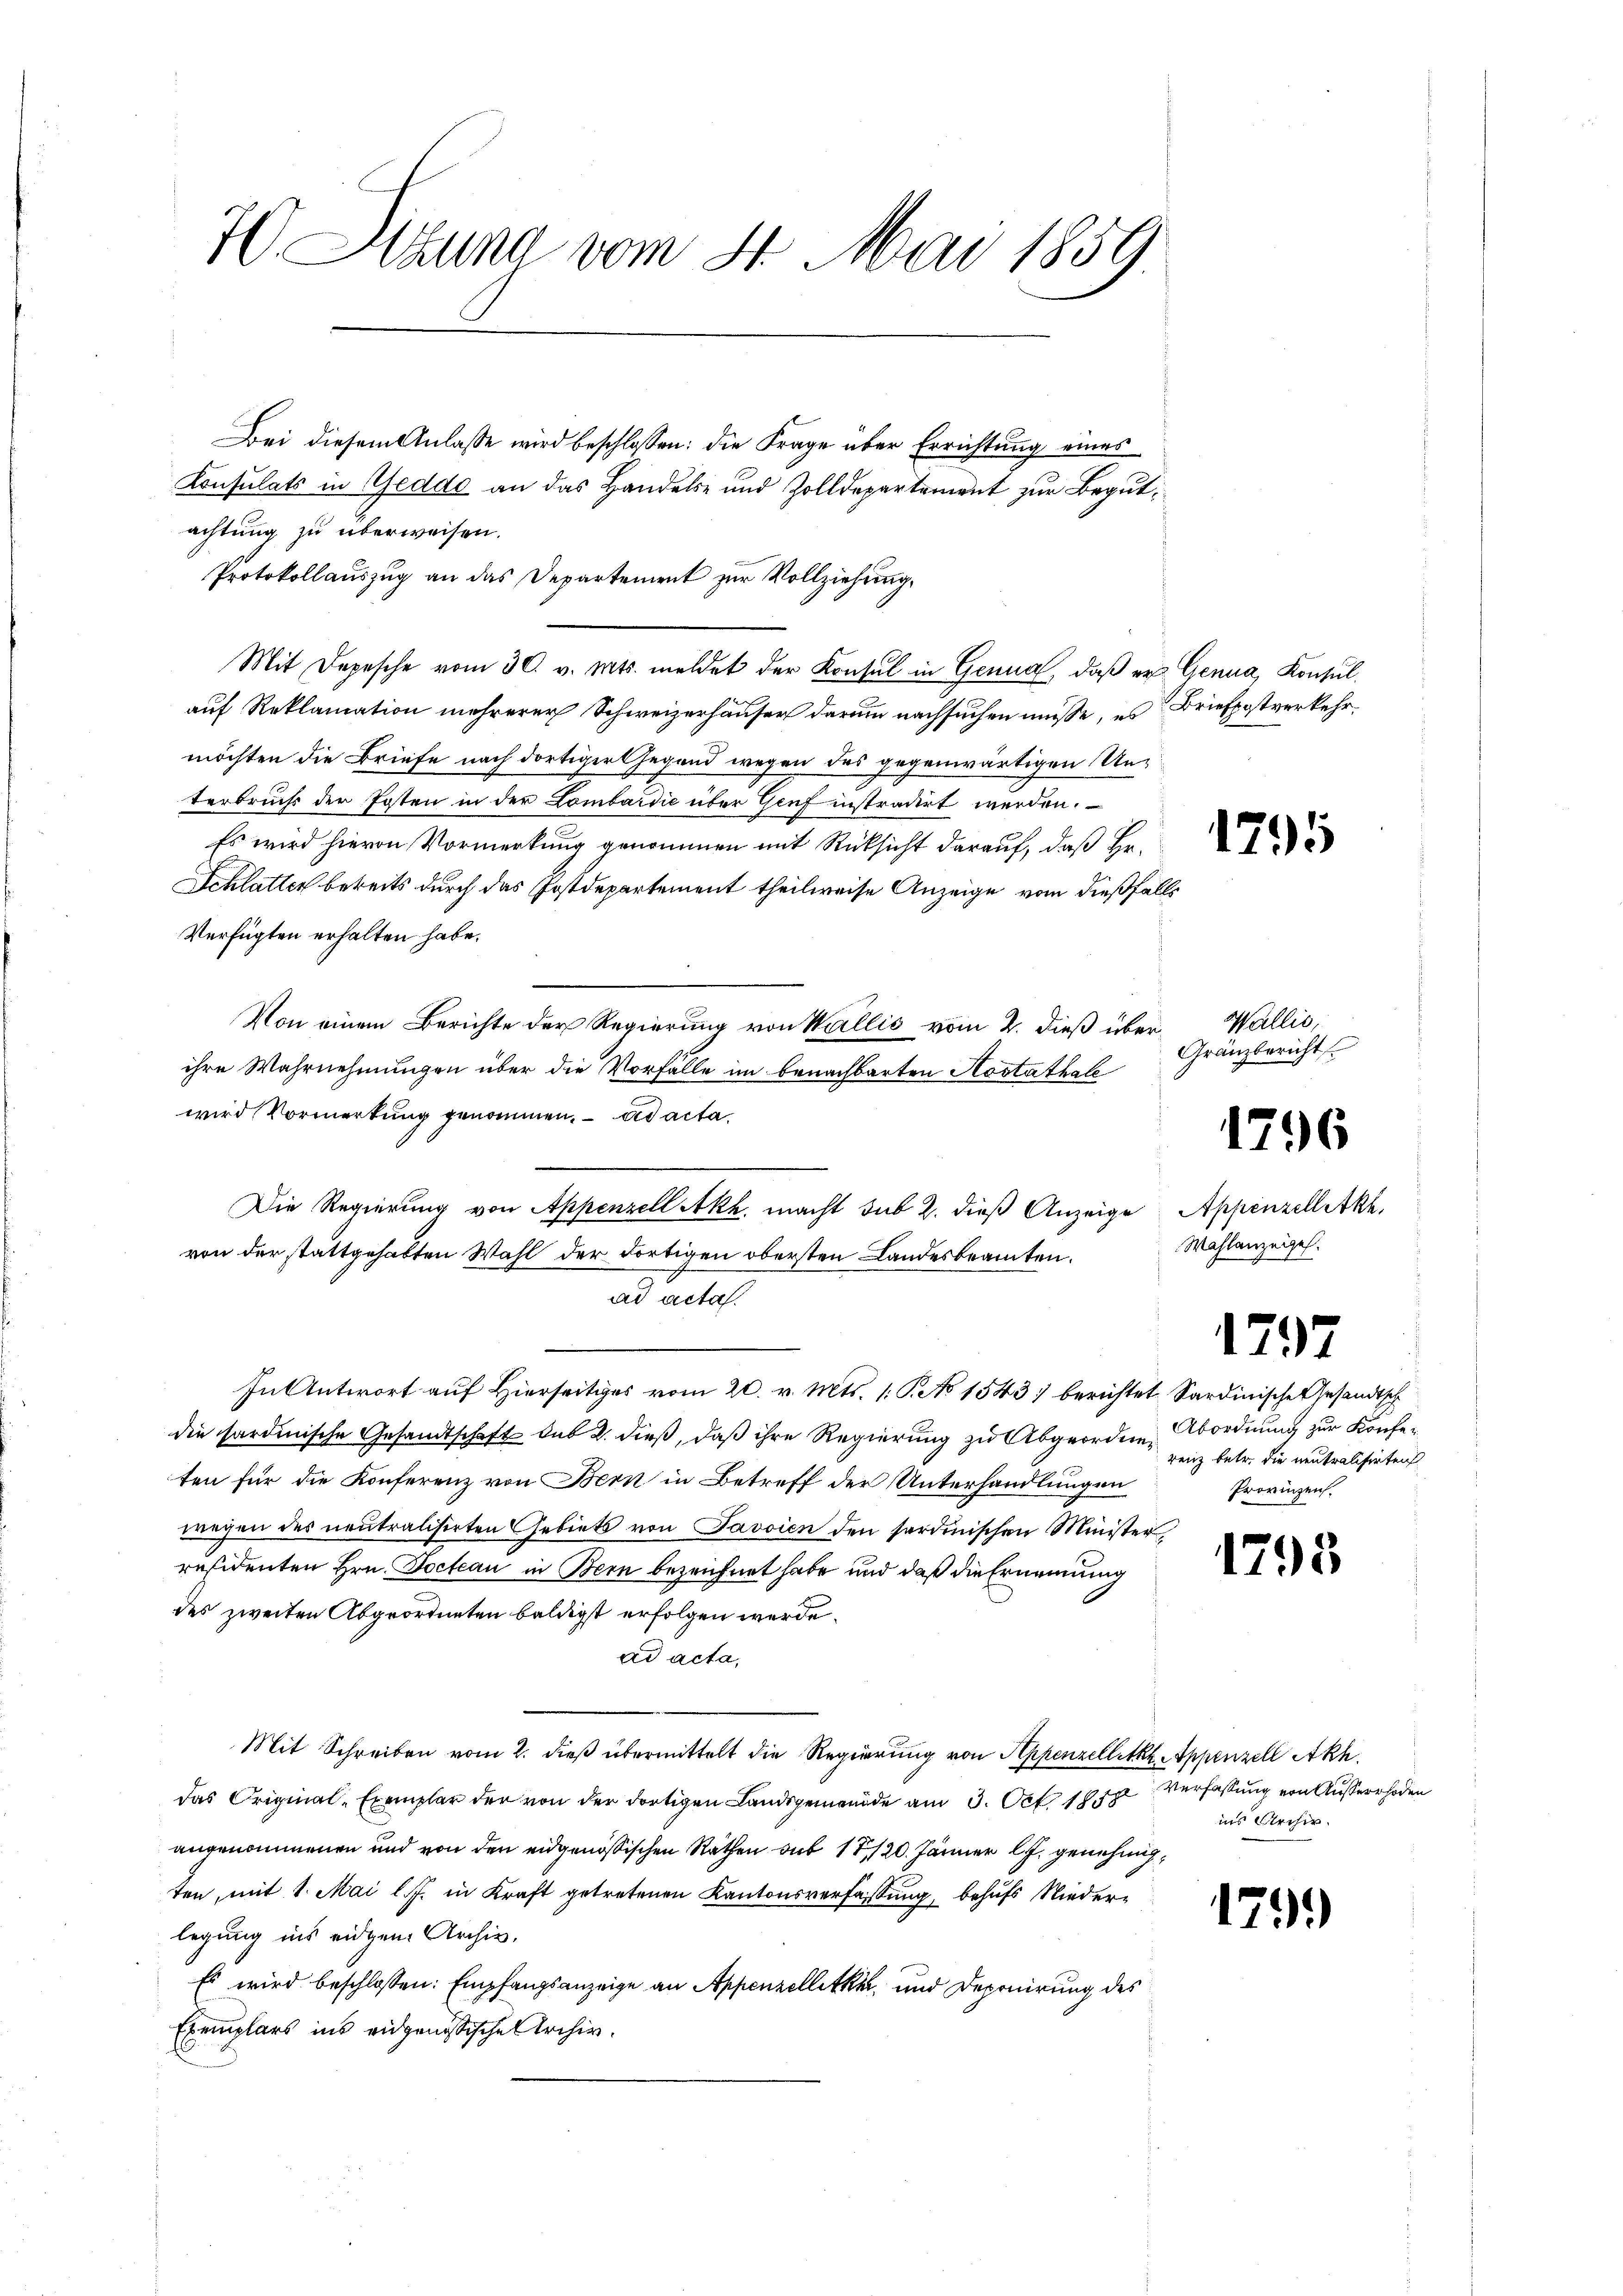
70 Sizung vom 4. Mai 1859

Bei diesem Anlasse wird beschlossen: die Frage über Errichtung eines
Konsulats in Geddo an das Handels- und Zolldepartement zur Begutachtung zu überweisen.
Protokollauszug an das Departement zur Vollziehung,
Mit Depesche vom 30. v. Mts. meldet der Konsul in Genua, daβ er Genua, Konsulauf Reklamation mehrerer Schweizerhäuser darum nachsuchen müsse, es Briefpatverkehrmöchten die Briefe nach dortiger Gegend wegen des gegenwärtigen Unterbruchs der Posten in der Lombardić über Genf instradirt werden.
Es wird hievon Vormerkung genommen mit Rücksicht darauf, daß Hr.
Schlatter bereits durch das Postdepartement theilweise Anzeige vom dießfalls
Verfügten erhalten habe.
Von einem Berichte der Regierung von Wallis vom 2. dieß über Wallis,
ihre Wahrnehmungen über die Vorfälle im benachbarten Aostathale
wird Vormerkung genommen. ad acta
Die Regierung von Appenzell Akh. macht sub 2. dieß Anzeige Appenzell Akk
von der stattgehabten Wahl der dortigen obersten Landesbeamten.
ad acta.
In Antwort auf Hierseits vom 20. v. Mts. 1 S. No 1543 berichtet Sardinische Gesandtsch
die sardinische Gesandtschaft des 2. dieß, daß ihre Regierung zu Abgeordnen Abordnung zur Konfeten für die Konferenz von Bern in Betreff der Unterhandlungen
wegen des neutralisirten Gebiets von Javsien den serdinischen Minister,
residenten Hrn. Docteau in Bern bezeichnet habe und daß die Ernennung
des zweiten Abgeordneten baldigst erfolgen werde.
ad acta,
Mit Schreiben vom 2. dieß übermittelt die Regierung von Appenzellett. Appenzell Akh.
das Original-Exemplar der von der dortigen Landsgemeinde am 3. Oct. 188
angenommenen und von den eidgenössischen Räthen sub 17/20. Jänner l. J. genehm,
ten, mit 1. Mai l. J. in Kraft getretenen Kantonsverfassung, behufs Niederlegung ins eidgen. Archiv,
Es wird beschlossen: Empfangsanzeige an Appenzellette und Deponirung des
Exemplars ins eidgenössische Archiv.

1795

Gränzbericht

1796

Wahlanzeigel.

1797

renz betr. die neutralisirten
Provinzen.

1798

Verfassung von Äusserrhoden
ins Archiv.

179